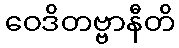
ဝေဒိတဗ္ဗာနီတိ